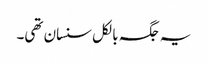
یہ جگہ بالکل سنسان تھی۔